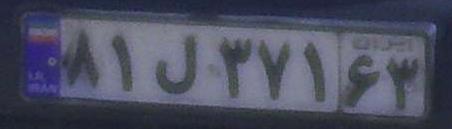
۸۱ل۳۷۱۶۳